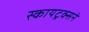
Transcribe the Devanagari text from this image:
स्कायट्रक्सने